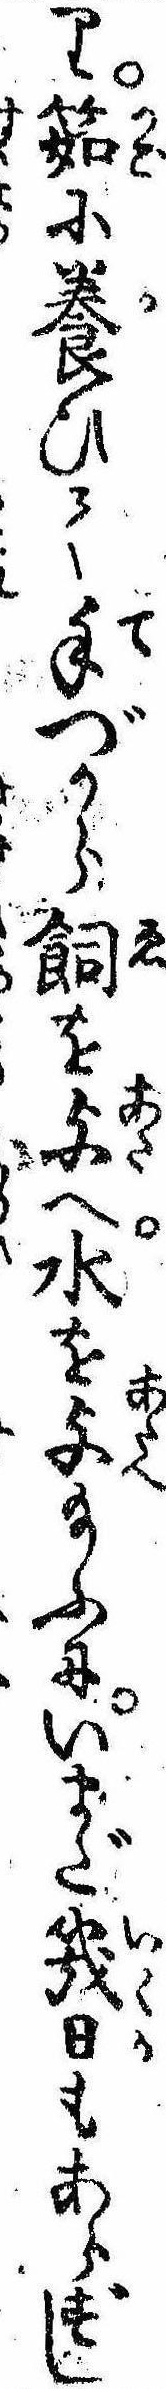
り筎に養ひて手づから飼を与へ水を与給ふにいまだ幾日もあらずし